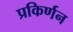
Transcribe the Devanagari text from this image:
प्रकिर्णन